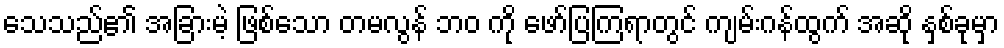
သေသည်၏ အခြားမဲ့ ဖြစ်သော တမလွန် ဘဝ ကို ဖော်ပြကြရာတွင် ကျမ်းဂန်ထွက် အဆို နှစ်ခုမှာ